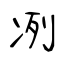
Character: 冽